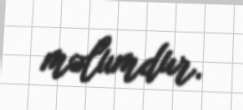
məlumdur.